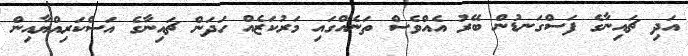
އަދި ޗައިނާގެ ފަސްގަނޑުން ބޭރު އެއްވެސް ތަނެއްގައި މަރުކަޒެއް ހަދަން ޗައިނާގެ އަސްކަރިއްޔާއިން